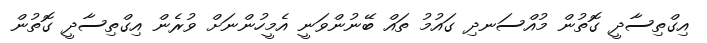
އިގްތިސާދީ ގޮތުން މުއްސަނދި ގައުމު ތައް ބޭނުންވަނީ އެމީހުންނަށް ވުރެން އިގްތިސާދީ ގޮތުން